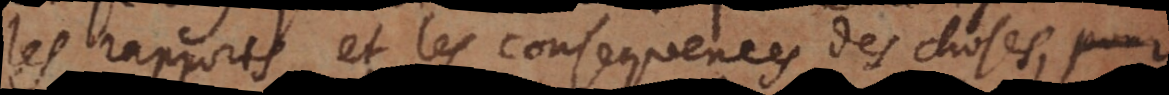
les rapports et les consequences des choses, qu’on